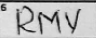
Transcription: RMV